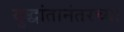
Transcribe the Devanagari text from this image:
युद्धांतानंतरच्या